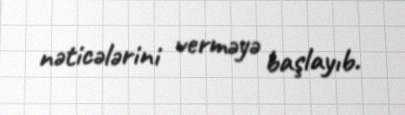
nəticələrini verməyə başlayıb.